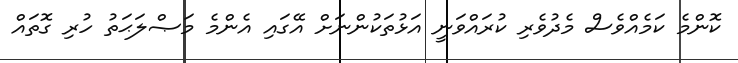
ކޮންމެ ކަމެއްވެސް މެދުވެރި ކުރައްވަނީ އަޅުތަކުންނަށް އޭގައި އެންމެ މަޞްލަޙަތު ހުރި ގޮތައް